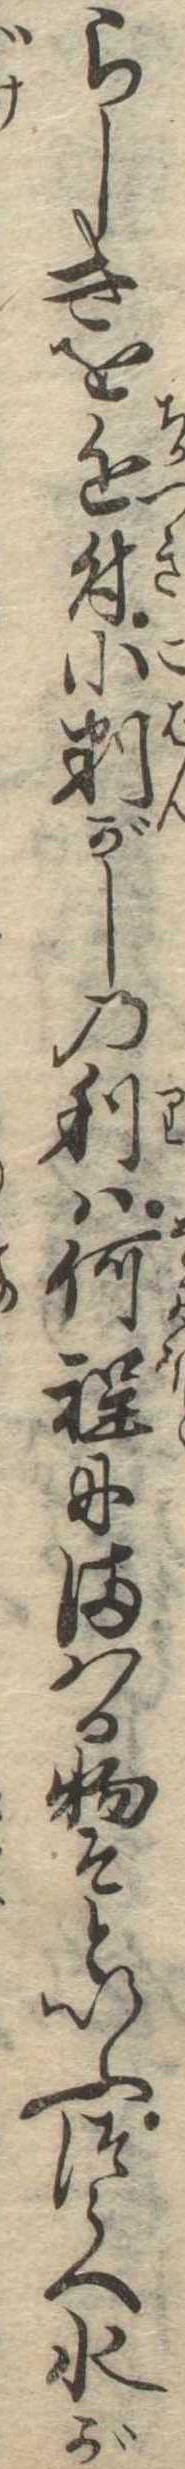
らしきを近付小判がしの利は何程にまはる物そといふつらへ水が